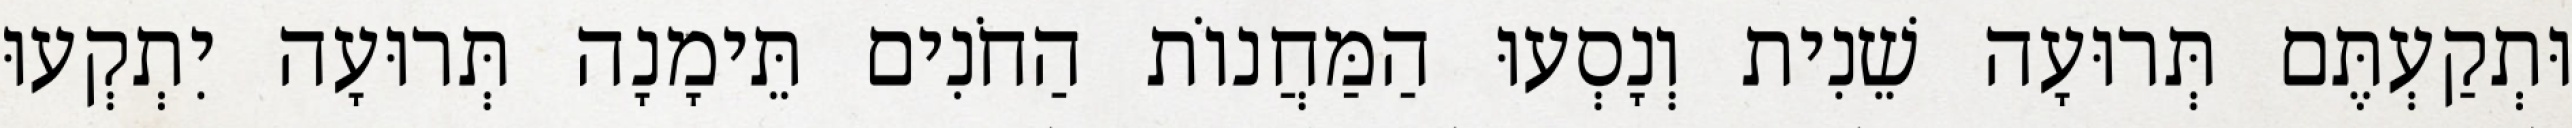
וּתְקַעְתֶּם תְּרוּעָה שֵׁנִית וְנָסְעוּ הַמַּחֲנוֹת הַחֹנִים תֵּימָנָה תְּרוּעָה יִתְקְעוּ